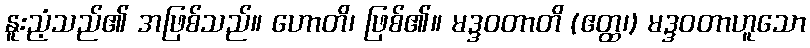
နူးညံ့သည်၏ အဖြစ်သည်။ ဟောတိ၊ ဖြစ်၏။ မဒ္ဒဝတာတိ (ဧတ္ထ၊) မဒ္ဒဝတာဟူသော